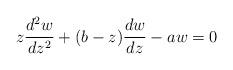
LaTeX: \begin{align*}z\frac{d^{2}w}{dz^{2}}+(b-z)\frac{dw}{dz}-aw=0\end{align*}